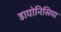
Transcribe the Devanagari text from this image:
डायोनिसिया